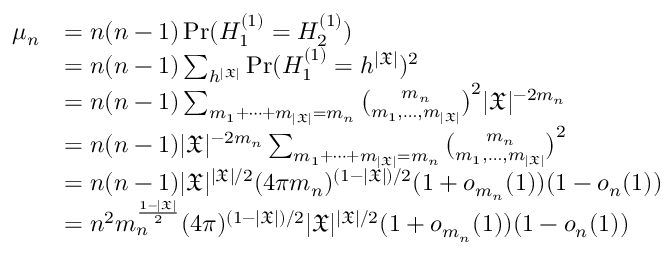
\begin{array} { r l } { \mu _ { n } } & { = n ( n - 1 ) \operatorname* { P r } ( H _ { 1 } ^ { ( 1 ) } = H _ { 2 } ^ { ( 1 ) } ) } \\ & { = n ( n - 1 ) \sum _ { h ^ { | \mathfrak { X } | } } \operatorname* { P r } ( H _ { 1 } ^ { ( 1 ) } = h ^ { | \mathfrak { X } | } ) ^ { 2 } } \\ & { = n ( n - 1 ) \sum _ { m _ { 1 } + \dots + m _ { | \mathfrak { X } | } = m _ { n } } \binom { m _ { n } } { m _ { 1 } , \dots , m _ { | \mathfrak { X } | } } ^ { 2 } | \mathfrak { X } | ^ { - 2 m _ { n } } } \\ & { = n ( n - 1 ) | \mathfrak { X } | ^ { - 2 m _ { n } } \sum _ { m _ { 1 } + \dots + m _ { | \mathfrak { X } | } = m _ { n } } \binom { m _ { n } } { m _ { 1 } , \dots , m _ { | \mathfrak { X } | } } ^ { 2 } } \\ & { = n ( n - 1 ) | \mathfrak { X } | ^ { | \mathfrak { X } | / 2 } ( 4 \pi m _ { n } ) ^ { ( 1 - | \mathfrak { X } | ) / 2 } ( 1 + o _ { m _ { n } } ( 1 ) ) ( 1 - o _ { n } ( 1 ) ) } \\ & { = n ^ { 2 } m _ { n } ^ { \frac { 1 - | \mathfrak { X } | } { 2 } } ( 4 \pi ) ^ { ( 1 - | \mathfrak { X } | ) / 2 } | \mathfrak { X } | ^ { | \mathfrak { X } | / 2 } ( 1 + o _ { m _ { n } } ( 1 ) ) ( 1 - o _ { n } ( 1 ) ) } \end{array}